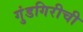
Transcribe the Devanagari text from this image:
गुंडगिरीची